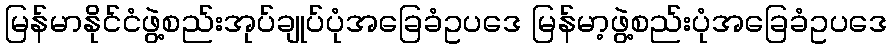
မြန်မာနိုင်ငံဖွဲ့စည်းအုပ်ချုပ်ပုံအခြေခံဥပဒေ မြန်မာ့ဖွဲ့စည်းပုံအခြေခံဥပဒေ